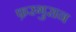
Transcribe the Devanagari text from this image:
फ़रगुसन